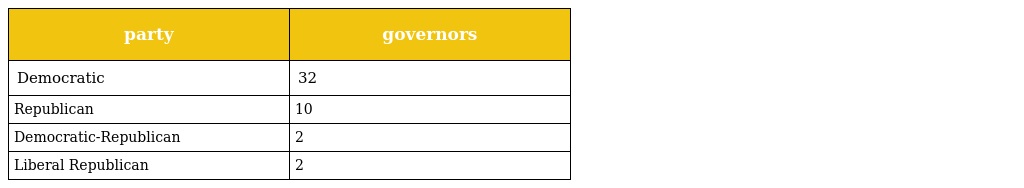
| party | governors |
 | --- | --- |
 | Democratic | 32 |
 | Republican | 10 |
 | Democratic-Republican | 2 |
 | Liberal Republican | 2 |